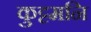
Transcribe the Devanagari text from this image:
कुट्टमनि